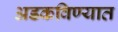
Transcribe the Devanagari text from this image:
अडकविण्यात